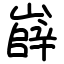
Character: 嶭